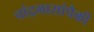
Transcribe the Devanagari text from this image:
चांद्रमासांपैकी